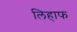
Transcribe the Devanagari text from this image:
लिहाफ